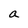
Character: a